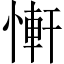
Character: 𢟑